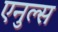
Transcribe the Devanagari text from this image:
एनुल्स